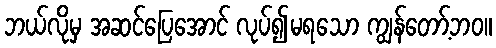
ဘယ်လိုမှ အဆင်ပြေအောင် လုပ်၍မရသော ကျွန်တော့်ဘဝ။